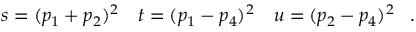
\begin{array} { l l l } { { s = ( p _ { 1 } + p _ { 2 } ) ^ { 2 } } } & { { t = ( p _ { 1 } - p _ { 4 } ) ^ { 2 } } } & { { u = ( p _ { 2 } - p _ { 4 } ) ^ { 2 } } } \end{array} \ .